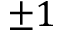
\pm 1